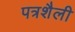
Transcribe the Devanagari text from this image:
पत्रशैली